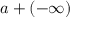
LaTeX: a + ( - \infty )